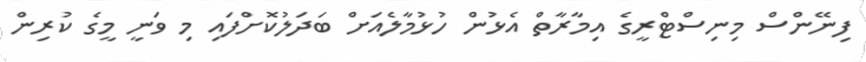
ފިނޭންސް މިނިސްޓްރީގެ އިމާރާތް އެޅުން ހުޅުމާލެއަށް ބަދަލުކޮށްފައި މި ވަނީ މީގެ ކުރިން